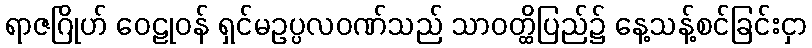
ရာဇဂြိုဟ် ဝေဠုဝန် ရှင်မဥပ္ပလဝဏ်သည် သာဝတ္ထိပြည်၌ နေ့သန့်စင်ခြင်းငှာ